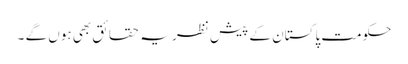
حکومت پاکستان کے پیش نظر یہ حقائق بھی ہوں گے ۔